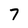
Character: 7